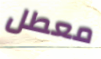
معطل